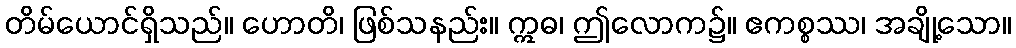
တိမ်ယောင်ရှိသည်။ ဟောတိ၊ ဖြစ်သနည်း။ ဣဓ၊ ဤလောက၌။ ဧကစ္စဿ၊ အချို့သော။